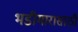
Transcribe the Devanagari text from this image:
भडीमारासाठी